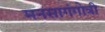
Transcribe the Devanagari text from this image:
मनसागंगोत्री